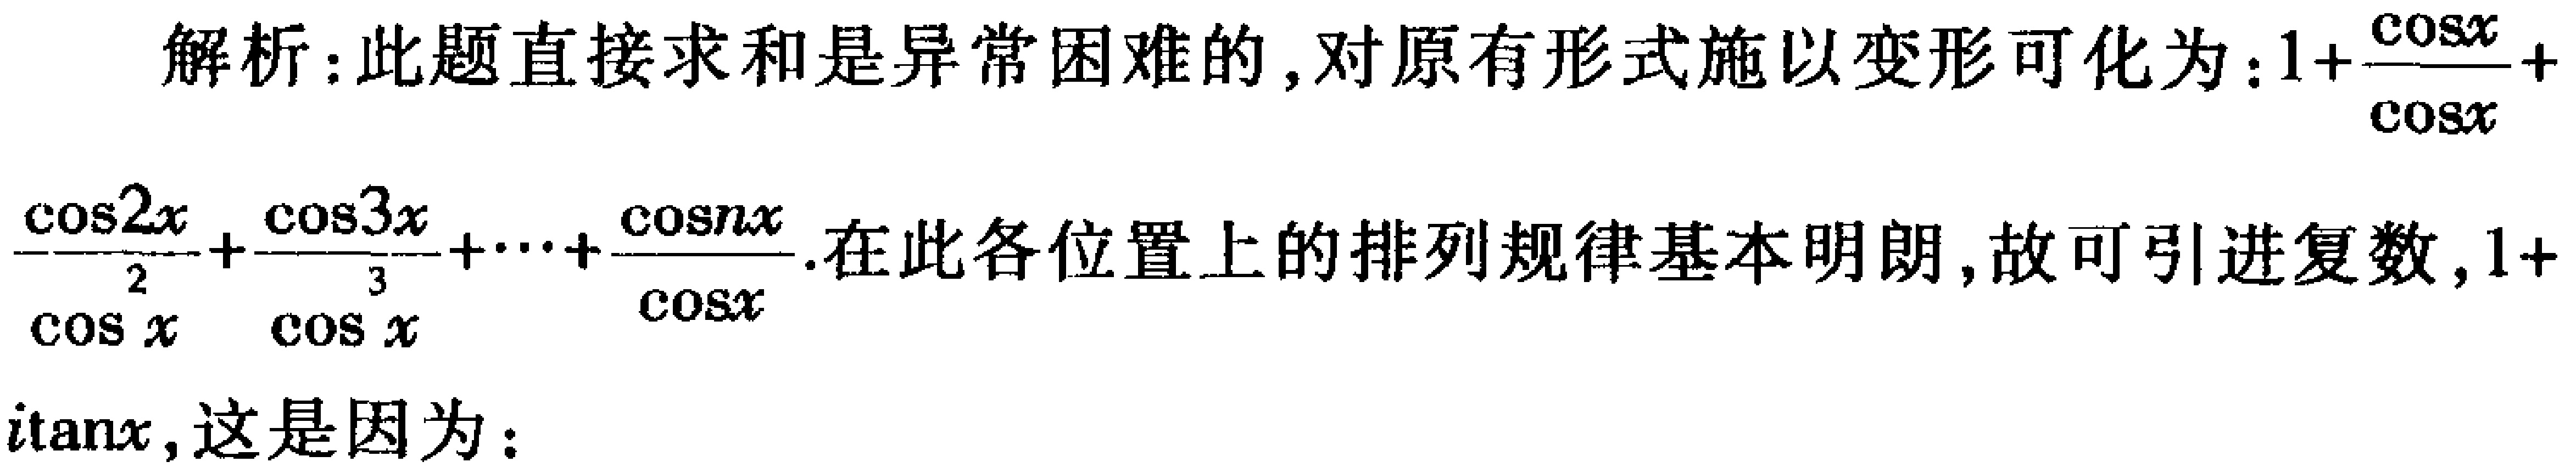
解析：此题直接求和是异常困难的，对原有形式施以变形可化为：\(1 + \frac{\cos x}{\cos x}+\frac{\cos 2x}{\cos x}+\frac{\cos 3x}{\cos x}+\cdots+\frac{\cos nx}{\cos x}\). 在此各位置上的排列规律基本明朗，故可引进复数，\(1 + i\tan x\)，这是因为：